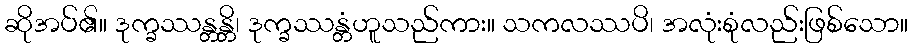
ဆိုအပ်၏။ ဒုက္ခဿန္တန္တိ၊ ဒုက္ခဿန္တံဟူသည်ကား။ သကလဿပိ၊ အလုံးစုံလည်းဖြစ်သော။